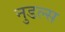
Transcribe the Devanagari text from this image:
नुडल्स